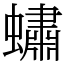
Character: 蟰